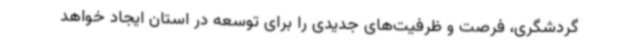
گردشگری، فرصت‌ و ظرفیت‌های جدیدی را برای توسعه در استان ایجاد خواهد